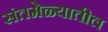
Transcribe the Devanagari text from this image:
संतमेळ्यातील